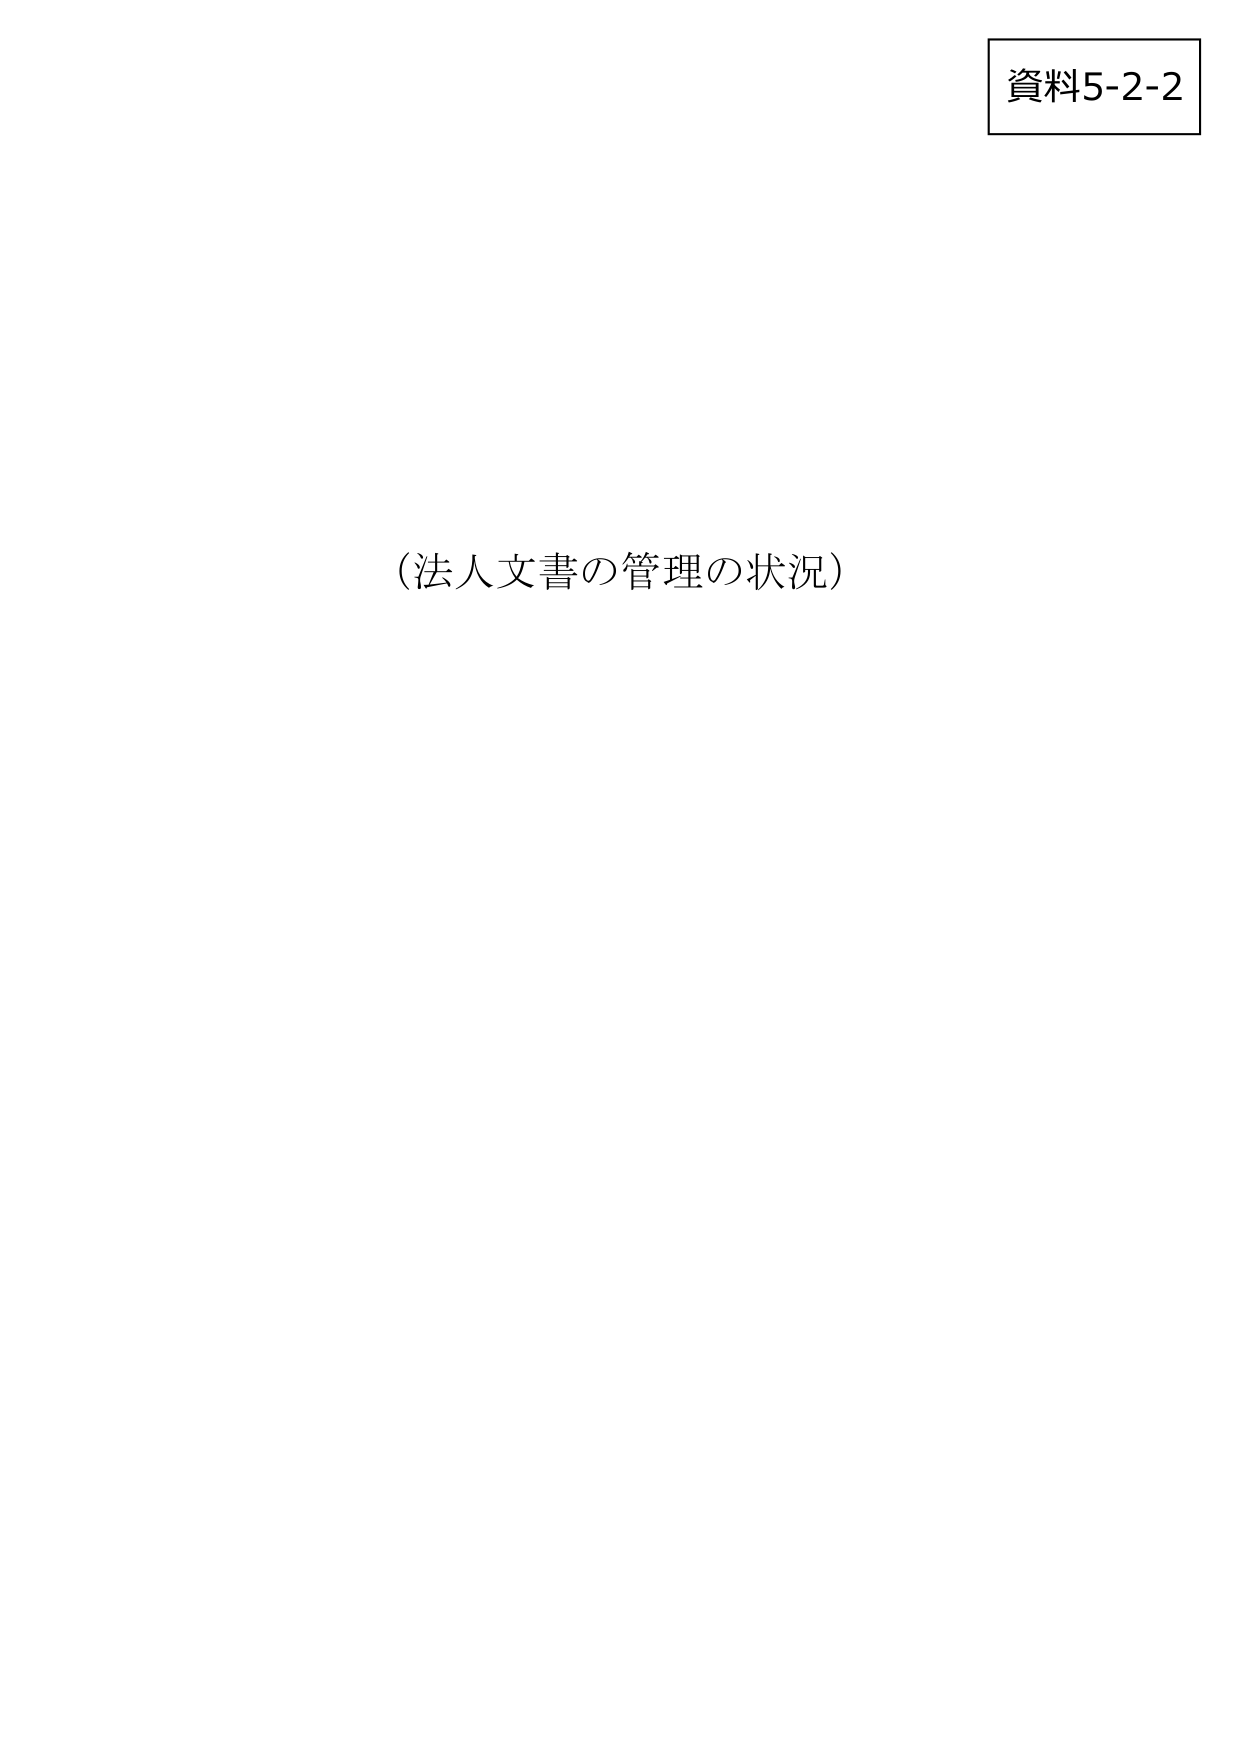
資料5-2-2
（法人文書の管理の状況）